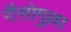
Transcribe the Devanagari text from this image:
रॉसोगुल्ला